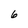
Character: 6